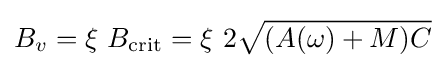
B_{v}=\xi \ B_{\text{crit}}=\xi \ 2{\sqrt {(A(\omega )+M)C}}